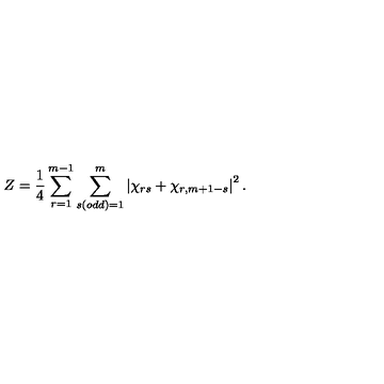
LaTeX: Z = \frac { 1 } { 4 } \sum _ { r = 1 } ^ { m - 1 } \sum _ { s ( o d d ) = 1 } ^ { m } \left| \chi _ { r s } + \chi _ { r , m + 1 - s } \right| ^ { 2 } .